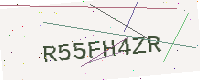
Text: R55FH4ZR